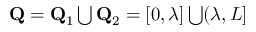
\begin{array} { r } { \mathbf { Q } = \mathbf { Q } _ { 1 } \bigcup \mathbf { Q } _ { 2 } = [ 0 , \lambda ] \bigcup ( \lambda , L ] } \end{array}